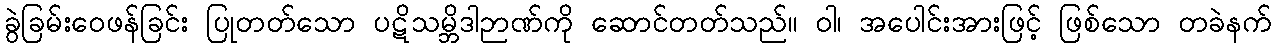
ခွဲခြမ်းဝေဖန်ခြင်း ပြုတတ်သော ပဋိသမ္ဘိဒါဉာဏ်ကို ဆောင်တတ်သည်။ ဝါ၊ အပေါင်းအားဖြင့် ဖြစ်သော တခဲနက်